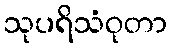
သုပရိသံဝုတာ